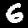
Label: 6